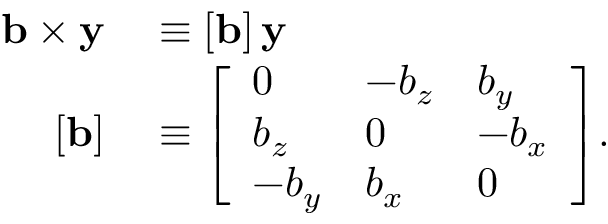
\begin{array} { r l } { \mathbf { b } \times \mathbf { y } } & { { } \equiv \left[ \mathbf { b } \right] \mathbf { y } } \\ { \left[ \mathbf { b } \right] } & { { } \equiv { \left[ \begin{array} { l l l } { 0 } & { - b _ { z } } & { b _ { y } } \\ { b _ { z } } & { 0 } & { - b _ { x } } \\ { - b _ { y } } & { b _ { x } } & { 0 } \end{array} \right] } . } \end{array}